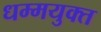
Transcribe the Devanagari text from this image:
धम्मयुक्त